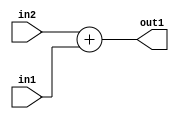
`timescale 1ps / 1ps
/*****************************************************************************
    Verilog RTL Description
    
    
    Created by: CellMath Designer 2019.1.01 
*******************************************************************************/

module DFT_compute_Add_8Ux8U_8U_4 (
	in2,
	in1,
	out1
	); /* architecture "behavioural" */ 
input [7:0] in2,
	in1;
output [7:0] out1;
wire [7:0] asc001;

assign asc001 = 
	+(in2)
	+(in1);

assign out1 = asc001;
endmodule

/* CADENCE  urn3Qw0= : u9/ySgnWtBlWxVPRXgAZ4Og= ** DO NOT EDIT THIS LINE ******/